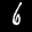
Digit: 6